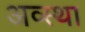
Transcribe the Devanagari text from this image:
अव्स्था